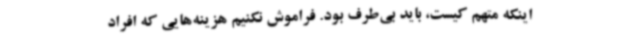
اینکه متهم کیست، باید بی‌طرف بود. فراموش نکنیم هزینه‌هایی که افراد